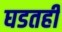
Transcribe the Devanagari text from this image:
घडतही